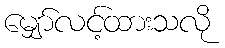
မျှော်လင့်ထားသလို